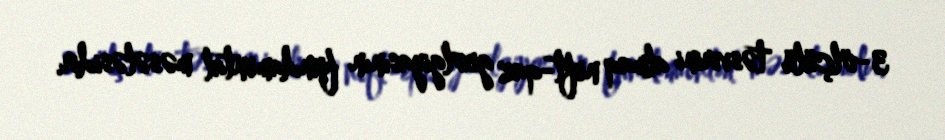
3-ölçülü təsvirini almaq neft-qaz geolgiyasının fundamental məsələsidir.